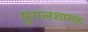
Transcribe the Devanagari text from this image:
मुगलशासक